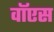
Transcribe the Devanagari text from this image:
वॉएस